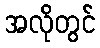
အလိုတွင်